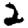
Digit: 2